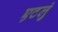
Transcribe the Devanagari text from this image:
एटलुं